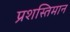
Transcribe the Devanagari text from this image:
प्रशस्तिमान